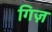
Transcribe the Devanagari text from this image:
गिज़